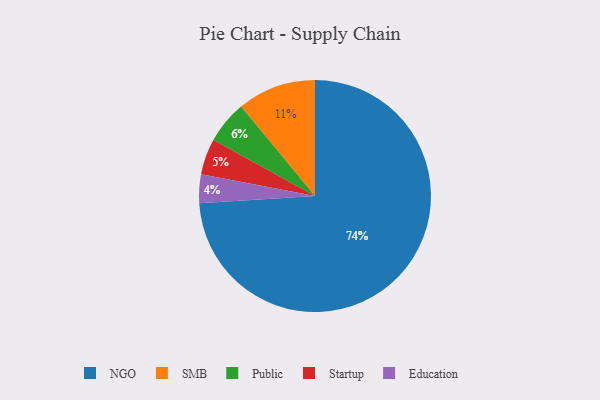
{"axis": {"x": "Category", "y": "Percentage"}, "legend": ["Education", "NGO", "Public", "SMB", "Startup"], "data": [{"x": "Public", "y": 6, "type": "Public"}, {"x": "Education", "y": 4, "type": "Education"}, {"x": "SMB", "y": 11, "type": "SMB"}, {"x": "Startup", "y": 5, "type": "Startup"}, {"x": "NGO", "y": 74, "type": "NGO"}]}